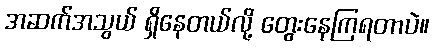
အဆက်အသွယ် ရှိနေတယ်လို့ တွေးနေကြရတာပဲ။